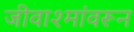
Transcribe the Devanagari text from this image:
जीवाश्मांवरून